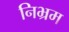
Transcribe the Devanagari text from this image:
निभ्रम